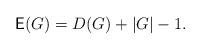
LaTeX: \begin{align*} \mathsf{E}(G) = D(G)+|G|-1.\end{align*}